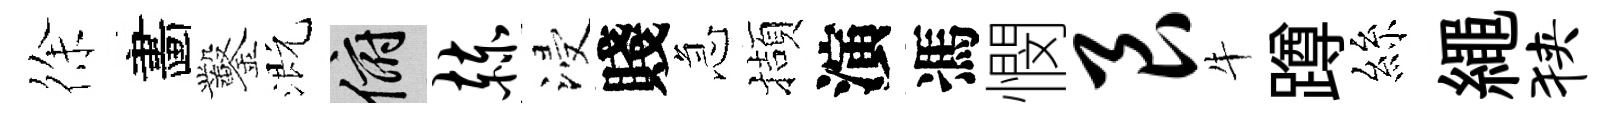
徐畵鑿溉俯赫浸賤急擷演馮憫艮牛蹲絲繩狭